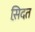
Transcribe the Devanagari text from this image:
स़िदत